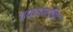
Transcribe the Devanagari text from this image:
व्यवहारविद्